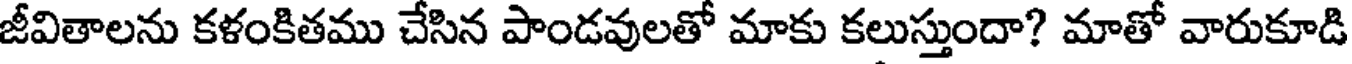
జీవితాలను కళంకితము చేసిన పాండవులతో మాకు కలుస్తుందా? మాతో వారుకూడి